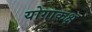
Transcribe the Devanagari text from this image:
योगाकक्ष